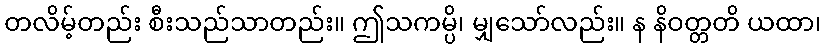
တလိမ့်တည်း စီးသည်သာတည်း။ ဤသကမ္ပိ၊ မျှသော်လည်း။ န နိဝတ္တတိ ယထာ၊